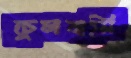
ফুলবাসি